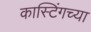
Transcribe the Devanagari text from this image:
कास्टिंगच्या